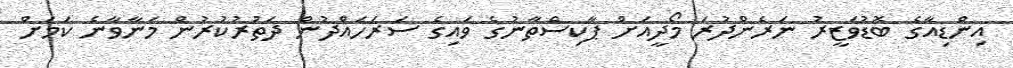
އިންޑިއާގެ ބޮޑުވަޒީރު ނަރެންދުރަ މޯދީއަށް ޕާކިސްތާނުގެ ވައިގެ ސަރަހައްދުން ދަތުރުކުރުން މަނާވާނެ ކަމަށް